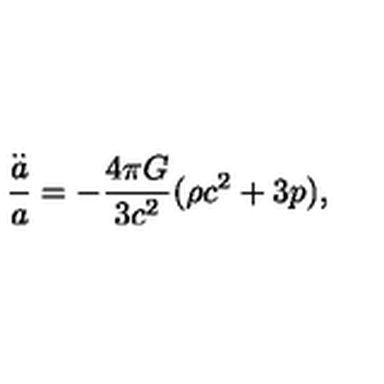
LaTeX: \frac { \stackrel { . . } { a } } { a } = - \frac { 4 \pi G } { 3 c ^ { 2 } } ( \rho c ^ { 2 } + 3 p ) ,